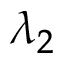
\lambda _ { 2 }